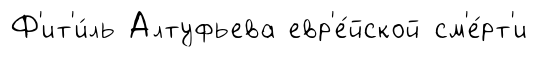
Ф'ит'и́ль Алтуфьева евр'е́йской см'е́рт'и